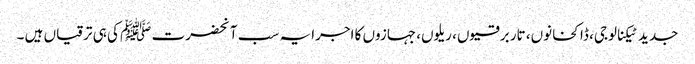
جدید ٹیکنالوجی، ڈاکخانوں، تار برقیوں، ریلوں، جہازوں کا اجرا یہ سب آنحضرت ﷺ کی ہی ترقیاں ہیں ۔